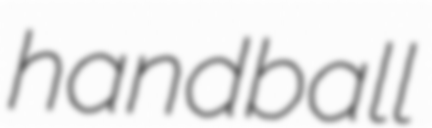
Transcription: handball